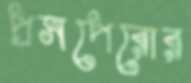
প্রসপেরোর